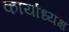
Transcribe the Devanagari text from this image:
कार्याध्‍यक्ष